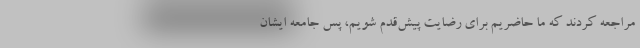
مراجعه کردند که ما حاضریم برای رضایت پیش‌قدم شویم، پس جامعه ایشان